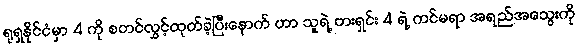
ရုရှနိုင်ငံမှာ 4 ကို စတင်လွှင့်ထုတ်ခဲ့ပြီးနောက် ဟာ သူရဲ့ ဗားရှင်း 4 ရဲ့ ကင်မရာ အရည်အသွေးကို